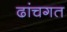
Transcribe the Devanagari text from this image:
ढांचगत